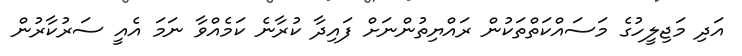
އަދި މަޖިލީހުގެ މަސައްކަތްތަކުން ރައްޔިތުންނަށް ފައިދާ ކުރާނެ ކަމެއްވާ ނަމަ އެއީ ސަރުކާރުން